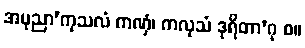
အပုညာ’ကုသလံ ကဏှံ၊ ကလုသံ ဒုရိတာ’ဂု စ။